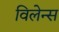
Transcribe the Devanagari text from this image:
विलेन्स